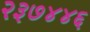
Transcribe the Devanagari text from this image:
२३७४४६